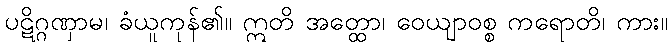
ပဋိဂ္ဂဏှာမ၊ ခံယူကုန်၏။ ဣတိ အတ္ထော၊ ဝေယျာဝစ္စ ကရောတိ၊ ကား။